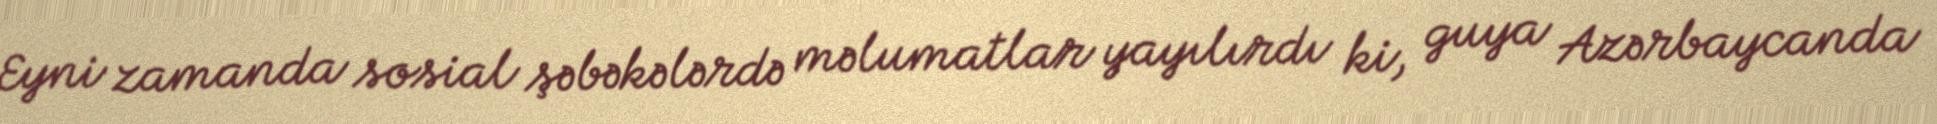
Eyni zamanda sosial şəbəkələrdə məlumatlar yayılırdı ki, guya Azərbaycanda